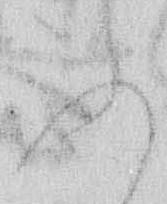
ふ